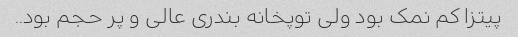
پیتزا کم نمک بود ولی توپخانه بندری عالی و پر حجم بود..